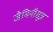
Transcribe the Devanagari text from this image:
जैमिनीसूत्र